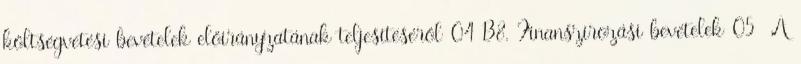
költségvetési bevételek előirányzatának teljesítéséről 04 B8. Finanszírozási bevételek 05 A